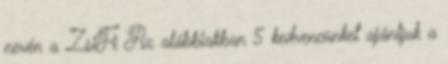
nevén a ZsiFi Az alábbiakban 5 kedvencünket ajánljuk a